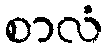
စာလံ